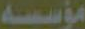
مؤسسه